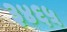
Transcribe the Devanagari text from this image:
३४६५